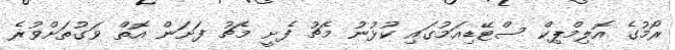
ރޯމުގެ އޮލިމްޕިކް ސްޓޭޑިއަމުގައި ކުޅުނު މެޗު ފެށީ މެޗު ފަށަން އޮތް ވަގުތަށްވުރެ